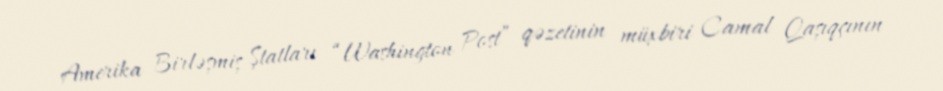
Amerika Birləşmiş Ştatları “Washington Post” qəzetinin müxbiri Camal Qaşıqçının